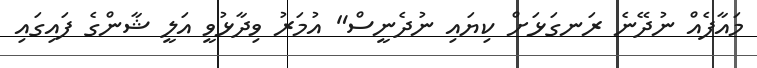
މައާފެއް ނުދޭނެ ރަނގަޅަށް ކިޔައި ނުދެނީސް" އުމަރު ވިދާޅުވީ އަލީ ޝާންގެ ފައިގައި